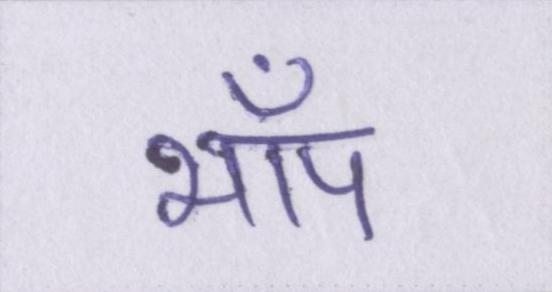
भाँप